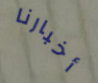
أخبارنا